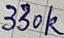
Text: 330k